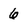
Character: 6